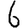
Digit: 6